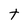
Character: t